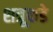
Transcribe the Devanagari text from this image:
शत्रूकडे